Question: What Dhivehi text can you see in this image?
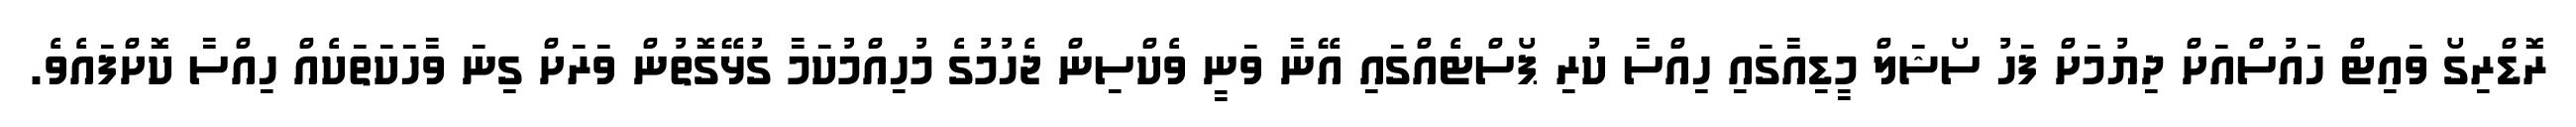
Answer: ރޮޑްރިގޯ ވައިޓް ހައުސްއަށް ދިޔުމަށް ފަހު ސޯޝަލް މީޑިއާގައި ހިއްސާ ކުރި ޕޯސްޓެއްގައި އޭނާ ވަނީ ވެކްސިން ޖެހުމުގެ މުހިއްމުކަމާ ގުޅޭގޮތުން ވަރަށް ގިނަ ވާހަކަތަކެއް ހިއްސާ ކޮށްފައެވެ.